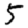
Digit: 5